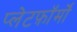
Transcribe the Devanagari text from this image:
प्लेटफ़ॉर्मों